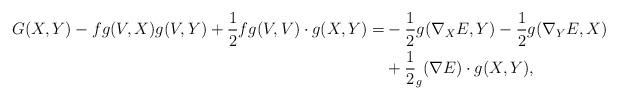
LaTeX: \begin{align*}\begin{aligned} G(X,Y) - f g(V,X)g(V,Y) + \frac{1}{2}f g(V,V) \cdot g(X,Y) =& -\frac{1}{2} g(\nabla_{X}E,Y) -\frac{1}{2} g(\nabla_{Y}E,X)\\&+ \frac{1}{2} _g(\nabla E) \cdot g(X,Y), \end{aligned}\end{align*}